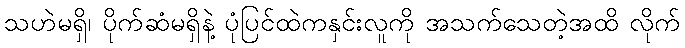
သဟဲမရှိ၊ ပိုက်ဆံမရှိနဲ့ ပုံပြင်ထဲကနှင်းလူကို အသက်သေတဲ့အထိ လိုက်